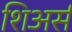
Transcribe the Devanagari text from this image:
शिअर्स